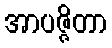
အာပဇ္ဇိတာ